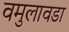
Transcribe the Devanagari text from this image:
वमुलावडा